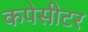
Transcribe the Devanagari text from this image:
कपेसीटर